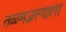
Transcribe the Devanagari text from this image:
तळमजल्याला